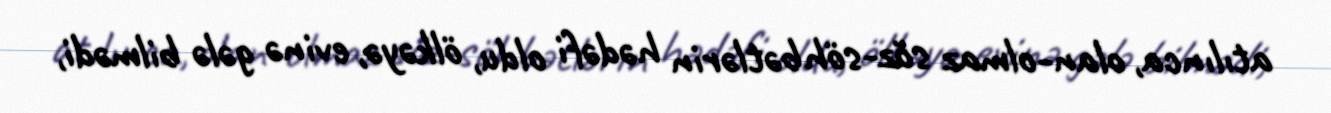
atılınca, olan-olmaz söz-söhbətlərin hədəfi oldu, ölkəyə, evinə gələ bilmədi,